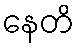
နေတိ